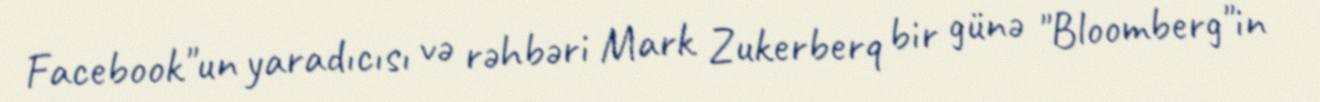
Facebook"un yaradıcısı və rəhbəri Mark Zukerberq bir günə "Bloomberg"in